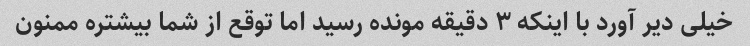
خیلی دیر آورد با اینکه ۳ دقیقه مونده رسید اما توقع از شما بیشتره ممنون